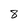
Character: 8